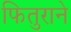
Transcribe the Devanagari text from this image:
फितुराने